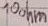
Text: 10ohm